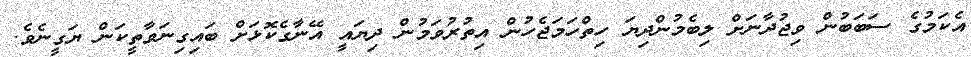
އެކަމުގެ ސަބަބުން ވިޖުދާނަށް ލިބެމުންދިޔަ ހިތްހަމަޖެހުން އިތުރުވަމުން ދިޔައީ އޭނާގެކޮޅަށް ބައިގިނަވާތީކަން ޔަގީނެވެ.